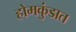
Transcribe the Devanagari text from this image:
होमकुंडात